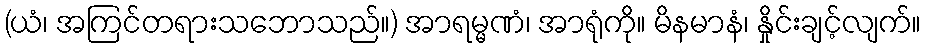
(ယံ၊ အကြင်တရားသဘောသည်။) အာရမ္မဏံ၊ အာရုံကို။ မိနမာနံ၊ နှိုင်းချင့်လျက်။